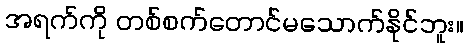
အရက်ကို တစ်စက်တောင်မသောက်နိုင်ဘူး။